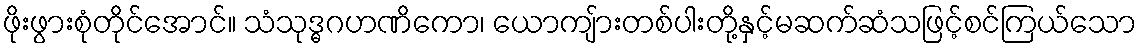
ဖိုးဖွားစုံတိုင်အောင်။ သံသုဒ္ဓဂဟဏိကော၊ ယောကျ်ားတစ်ပါးတို့နှင့်မဆက်ဆံသဖြင့်စင်ကြယ်သော